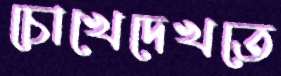
চোখেদেখতে